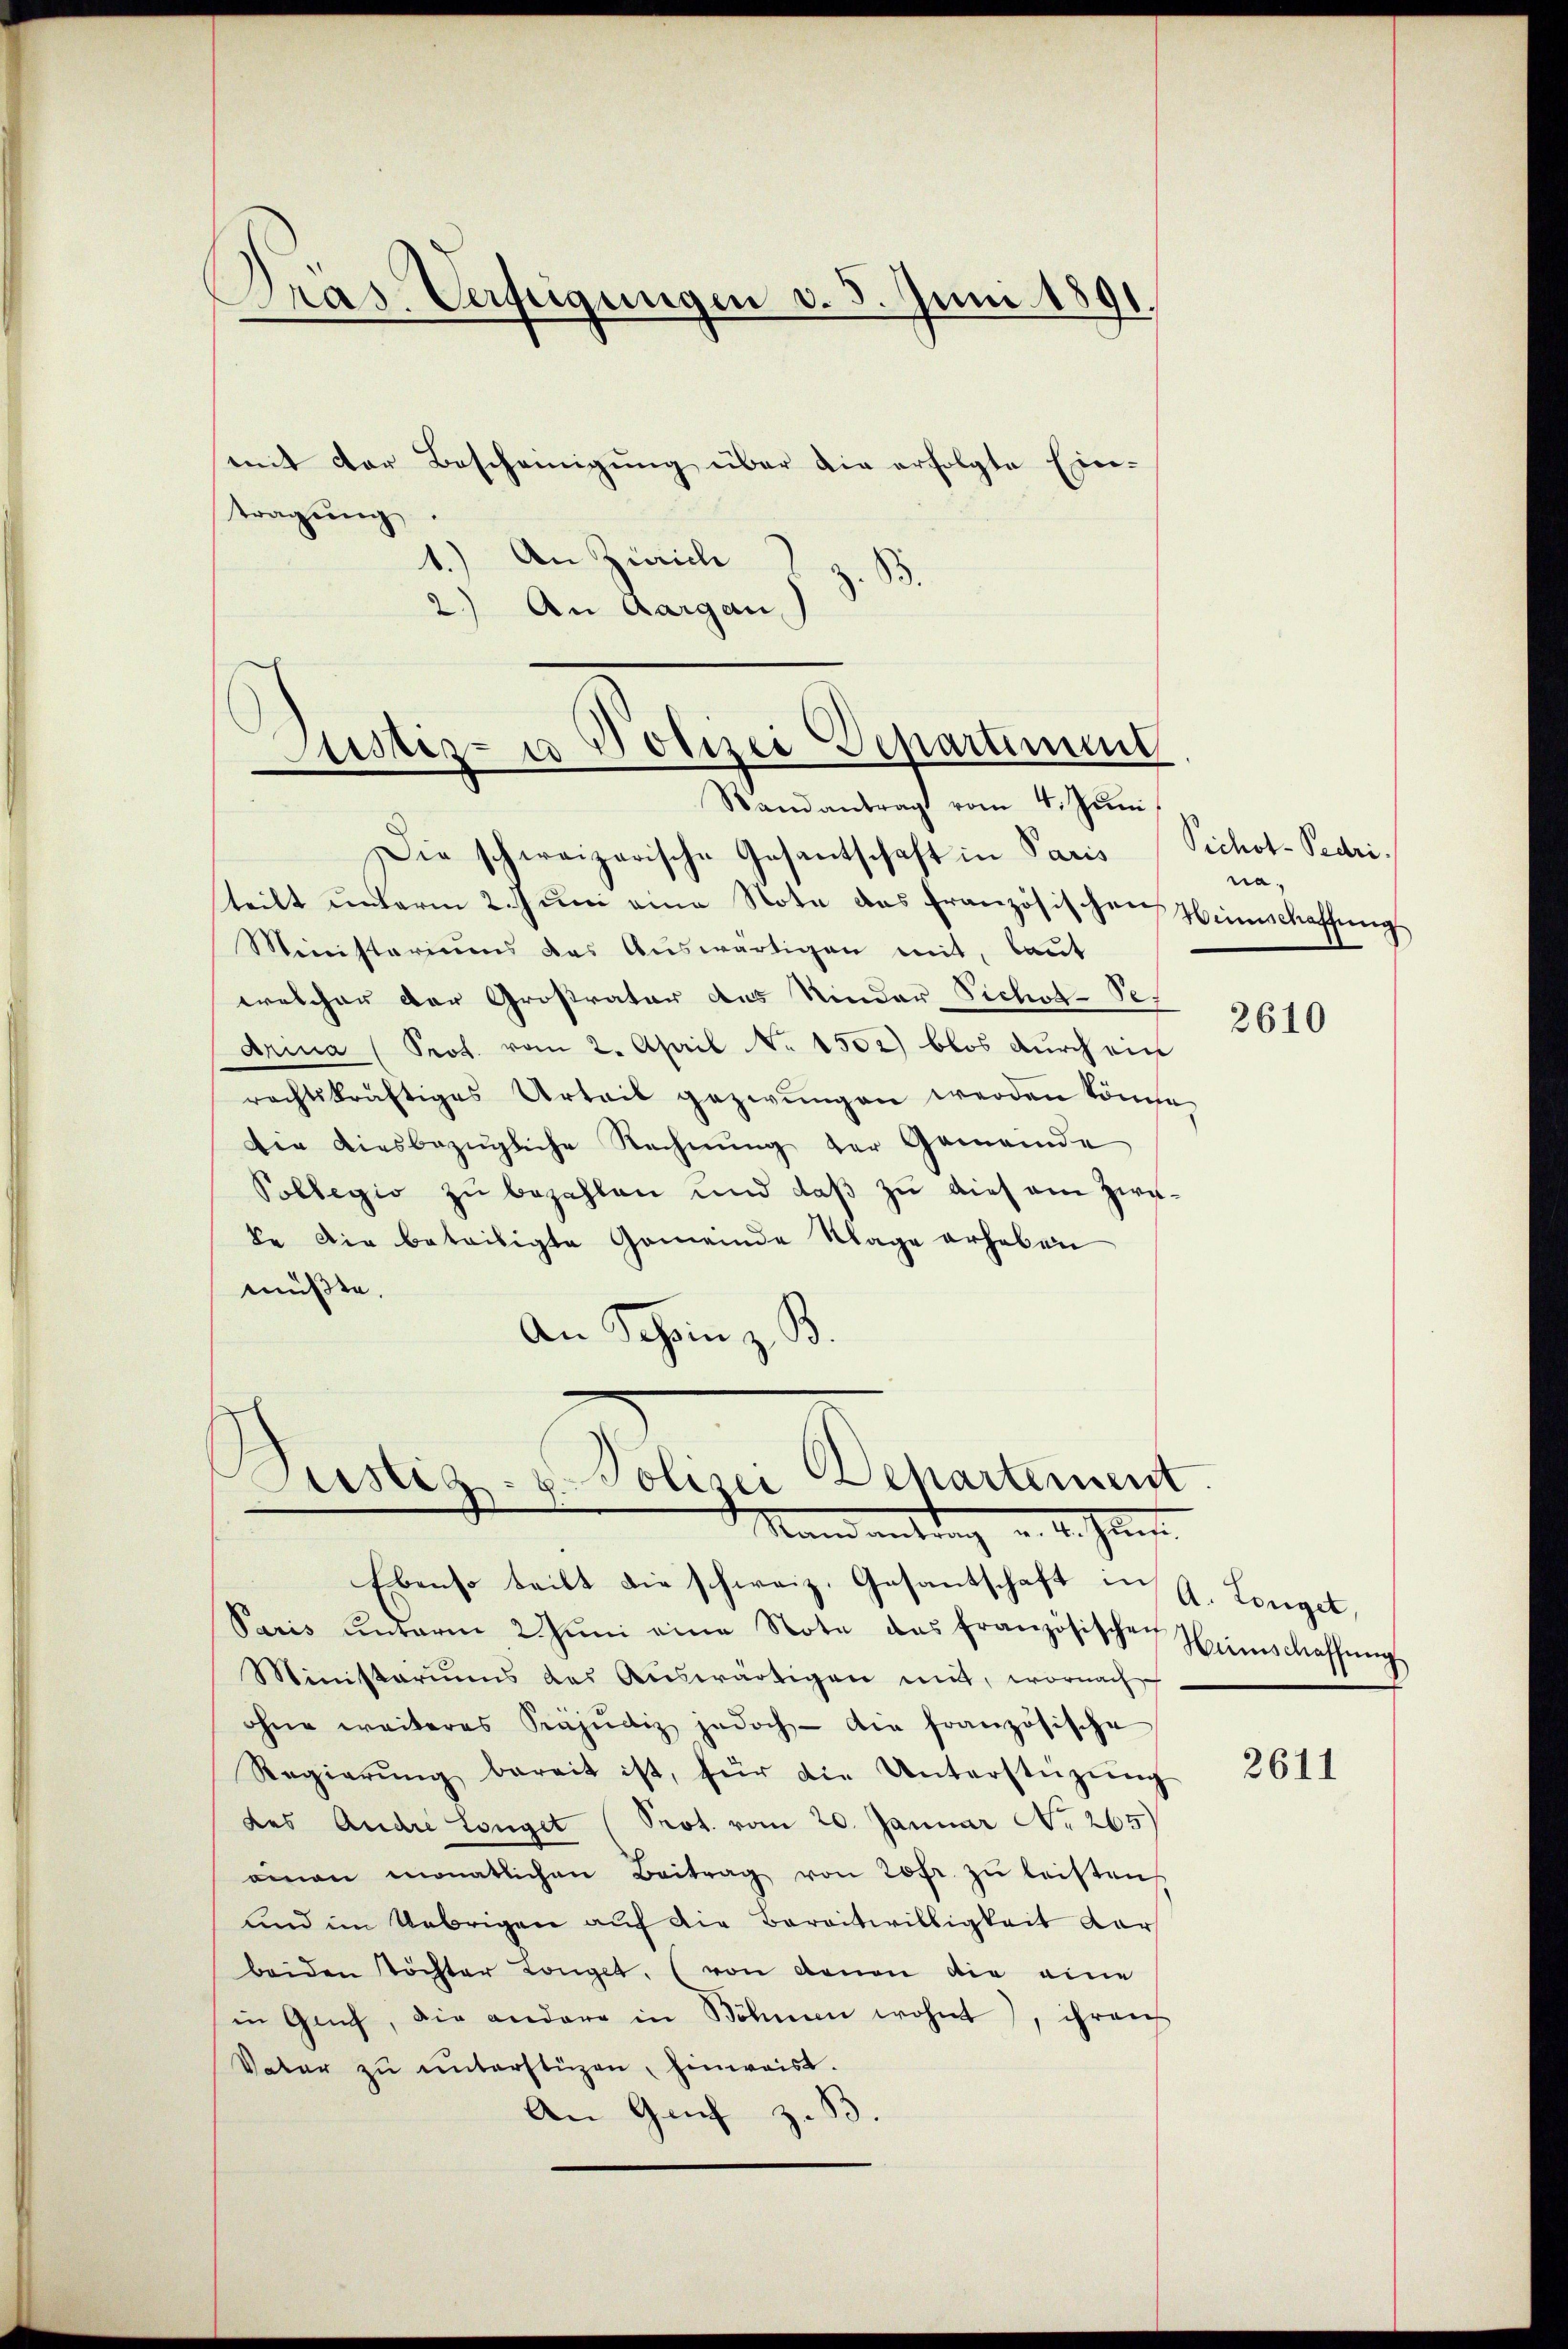
Pras. Verfügungen d. 5. Juni 1891.

mit der Bescheinigung über die erfolgte Ein-
tragung
) An Zürich
2.) An Aargau,

Justiz- u Polizei Deparment

Stand antrag vom 4. Juni
Die schweizerische Gesantschaft in Paris
teilt unterm 2. Jŭni eine Note das französischen Heimschaffung
Ministeriums das Auswärtigen mit, laut
welcher der Großrator des Kinder Siches-Se-
Arina (Prof. vom 2. April No 1502) blos durch ein
rechtskräftiges Urteil gezwungen werden könne,
Die diesbezügliche Rechnung der Gemeinde
Pollegio zu bezahlen und daβ zŭ dies am Zinke Dir beteiligte Gemeinde Klage erheben
müßte.
An Schein z. B.

Departement
Justiz- & Polizei
Man mitung u. 4. Jan.

Ebenso teilt die schweiz. Gesantschaft in G. Longet,
Paris unterm 2 Jŭni eine Note das französischen Heimschaffŭng
Ministariums des Auswärtigen mit, wornach
ohne weiteres Präjudiz jedoch die französische
Regierŭng bereit ist, für die Unterstüzŭng
des Andre Longet (Prot. vom 20. Januar No 265
ainen monatlichen Beitrag von 20 fr. zŭ leisten
und im Uebrigen auf die Bereitwilligkeit vor
beiden Töchter Longet, (von denen die eine
in Gach, die andere in Söhnen wohnt, ihrenh
Vater zu unterstüzen, hinweist.
An Genf z. B.

Vichot-Pedri
na¬

2610

2611